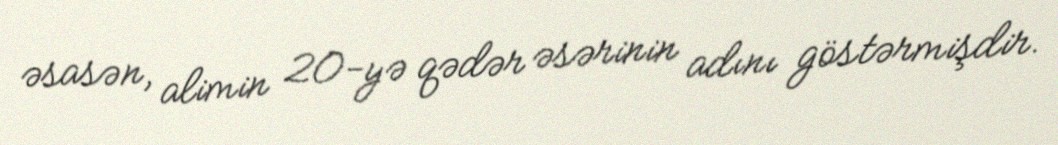
əsasən, alimin 20-yə qədər əsərinin adını göstərmişdir.